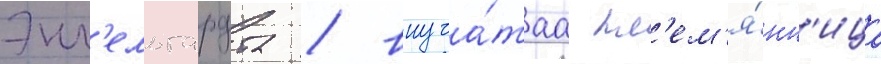
Энг'ельгардта / внуча́таа пл'ем'я́нн'ица